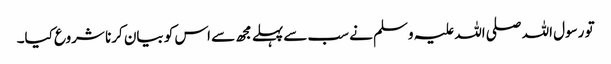
تو رسول اللہ صلی اللہ علیہ وسلم نے سب سےپہلے مجھ سے اس کو بیان کرنا شروع کیا۔